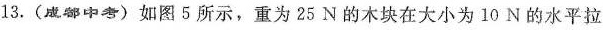
13.(成都中考)如图5所示，重为25N的木块在大小为10N的水平拉